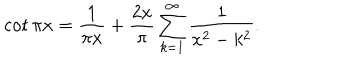
\cot \pi x = { \frac { 1 } { \pi x } } + { \frac { 2 x } { \pi } } \sum _ { k = 1 } ^ { \infty } { \frac { 1 } { x ^ { 2 } - k ^ { 2 } } } .